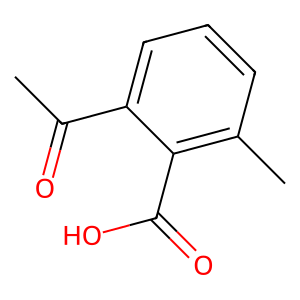
SMILES: CC(=O)c1cccc(C)c1C(=O)O
Inhibits HIV replication: No